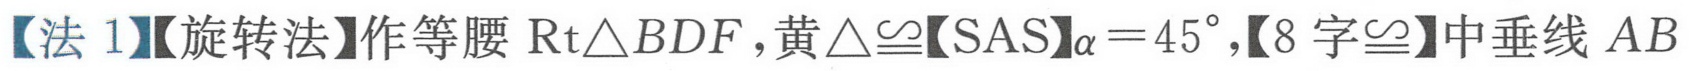
【法1】【旋转法】作等腰\(\text{Rt}\triangle BDF\)，黄\(\triangle\cong\)【SAS】\(\alpha = 45^{\circ}\)，【8字\(\cong\)】中垂线\(AB\)